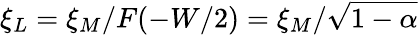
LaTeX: \xi_{L}=\xi_{M}/F(-W/2)=\xi_{M}/\sqrt{1-\alpha}